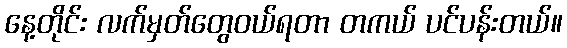
နေ့တိုင်း လက်မှတ်တွေဝယ်ရတာ တကယ် ပင်ပန်းတယ်။